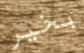
بخير